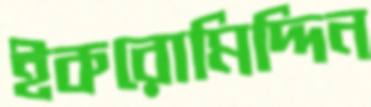
ইকরোমিদ্দিন